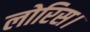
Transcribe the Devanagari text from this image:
लोरिस।